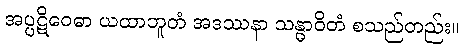
အပ္ပဋိဝေဓာ ယထာဘူတံ အဒဿနာ သန္ဓာဝိတံ စသည်တည်း။